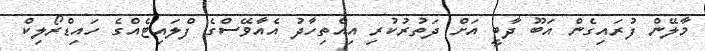
މާލޭން ފުރަައިގެން އަބޫ ދާބީ އަށް ދަތުރުކުރި އިއްތިހާދު އެއާވޭސްގެ ފްލައިޓެއްގެ ހައިޑްރޯލިކް